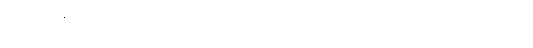
ဥတ္တမဋ္ဌေန ဝရံ’ ကို မိန့်သတည်း။ အဘယ်ကြောင့် ဥတ္တမဖြစ်သနည်း စောဒနာကြောင့်